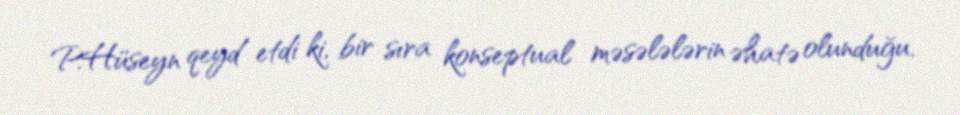
P.Hüseyn qeyd etdi ki, bir sıra konseptual məsələlərin əhatə olunduğu,